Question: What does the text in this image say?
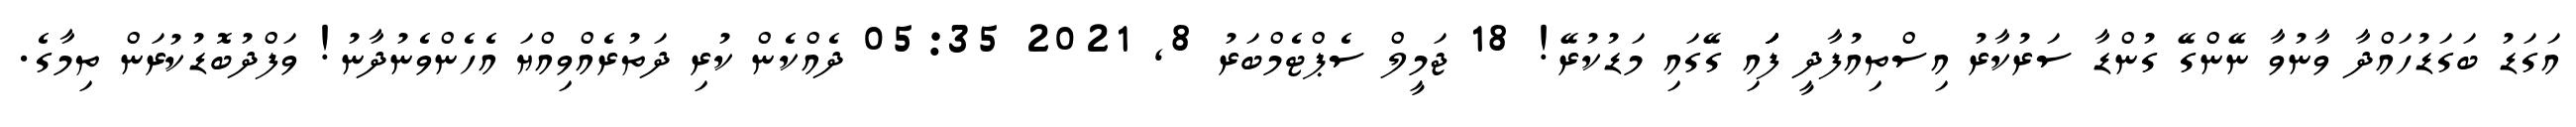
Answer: އަގަޑު ބަގަޑުހައްދާ ވާނުވާ ނޭންގޭ ގުންޑާ ސަރުކާރު އިސްތިއުފާދީ ފަަަަަަަަަަަަަައި ގޭގައި މަޑުކުރޭ! 18 ޖަމީލް ސެޕްޓެމްބަރު 8, 2021 05:35 ދެއްކެން ކުރި ދަތުރެއްވިއްޔަ އެހެންވެނުދާނު! ވަފްދުބޮޑުކުރަން ތިމާގެ.